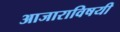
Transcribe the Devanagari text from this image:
आजाराविषयी